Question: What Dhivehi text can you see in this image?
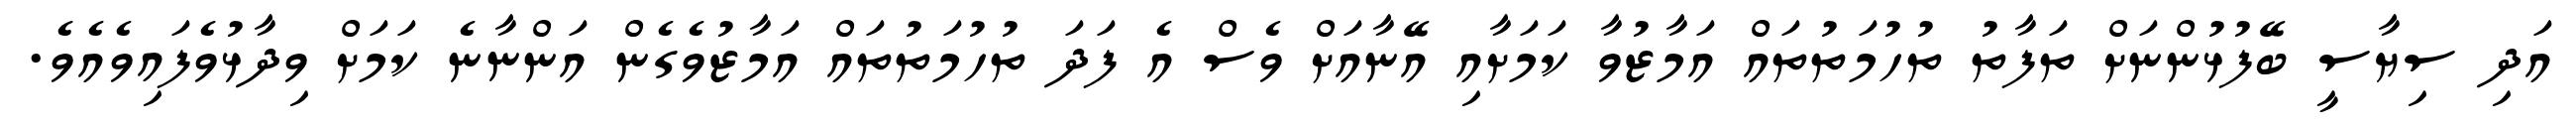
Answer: އަދި ސިޔާސީ ބޭފުޅުންނަށް ތަފާތު ތުހުމަތުތައް އަމާޒުވާ ކަމަށާއި އޭނާއަށް ވެސް އެ ފަދަ ތުހުމަތުތައް އަމާޒުވެގެން އަންނާނެ ކަމަށް ވިދާޅުވެފައިވެއެވެ.